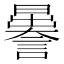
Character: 𧬉